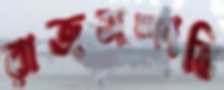
রাজসম্পত্তি